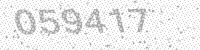
Solution: 059417